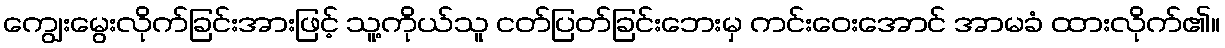
ကျွေးမွေးလိုက်ခြင်းအားဖြင့် သူ့ကိုယ်သူ ငတ်ပြတ်ခြင်းဘေးမှ ကင်းဝေးအောင် အာမခံ ထားလိုက်၏။